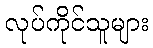
လုပ်ကိုင်သူများ